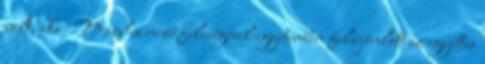
volt, aki Marsha nevű feleségével egyetemben felajánlott az együttes